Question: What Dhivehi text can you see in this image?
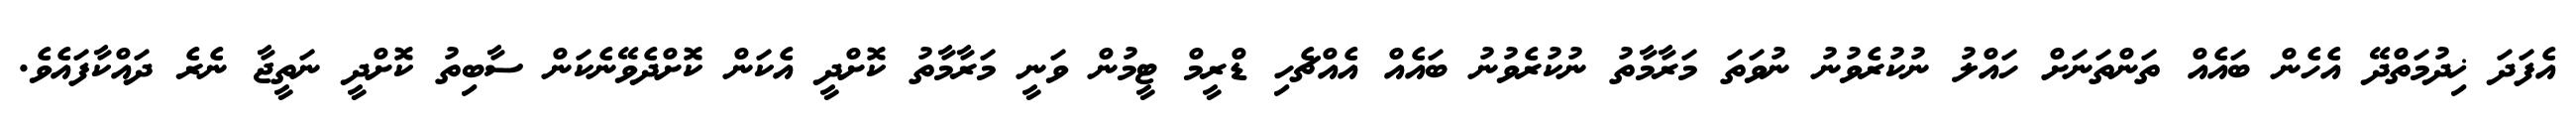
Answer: އެފަދަ ޚިދުމަތްދޭ އެހެން ބައެއް ތަންތަނަށް ހައްލު ނުކުރެވުނު ނުވަތަ މަރާމާތު ނުކުރެވުނު ބައެއް އެއްޗެހި ޑްރީމް ޓީމުން ވަނީ މަރާމާތު ކޮށްދީ އެކަން ކޮށްދެވޭނެކަން ސާބިތު ކޮށްދީ ނަތީޖާ ނެރެ ދައްކާފައެވެ.